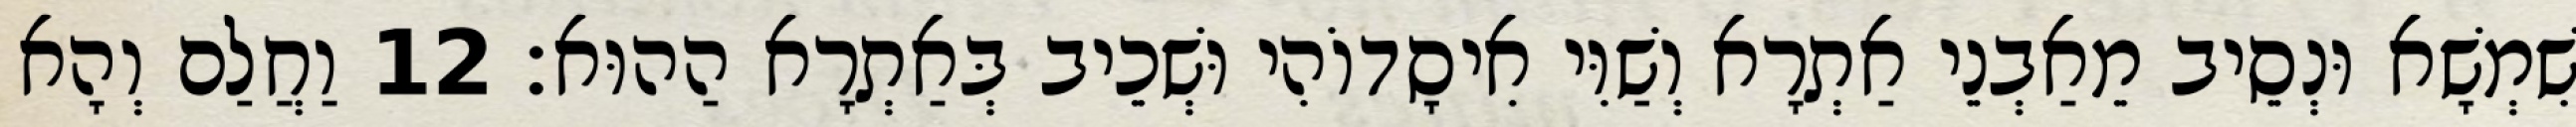
שִׁמְשָׁא וּנְסֵיב מֵאַבְנֵי אַתְרָא וְשַׁוִּי אִיסָדוֹהִי וּשְׁכֵיב בְּאַתְרָא הַהוּא׃ 12 וַחֲלַם וְהָא